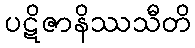
ပဋိဇာနိဿသီတိ